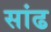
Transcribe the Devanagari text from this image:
सांढ